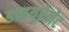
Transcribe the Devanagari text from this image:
डाइयूरेनेट